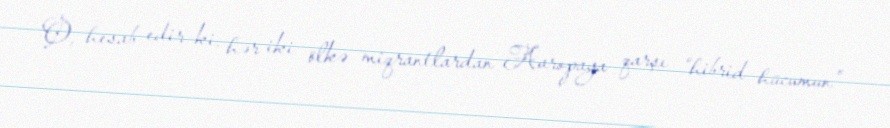
O, hesab edir ki, hər iki ölkə miqrantlardan Avropaya qarşı “hibrid hücumun”